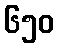
၆၅၀